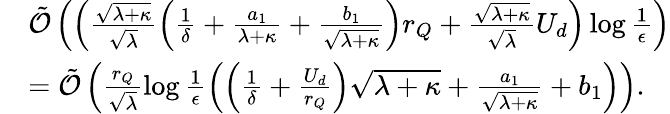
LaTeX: \begin{array}{rl}&{{\tilde{\cal O}}\left(\left(\frac{\sqrt{\lambda+\kappa}}{\sqrt{\lambda}}\left(\frac{1}{\delta}+\frac{a_{1}}{\lambda+\kappa}+\frac{b_{1}}{\sqrt{\lambda+\kappa}}\right)r_{Q}+\frac{\sqrt{\lambda+\kappa}}{\sqrt{\lambda}}U_{d}\right)\log\frac{1}{\epsilon}\right)}\\ &{={\tilde{\cal O}}\left(\frac{r_{Q}}{\sqrt{\lambda}}\log\frac{1}{\epsilon}\left(\left(\frac{1}{\delta}+\frac{U_{d}}{r_{Q}}\right)\sqrt{\lambda+\kappa}+\frac{a_{1}}{\sqrt{\lambda+\kappa}}+b_{1}\right)\right).}\end{array}